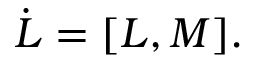
\dot { { \cal L } } = [ { \cal L } , M ] .